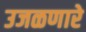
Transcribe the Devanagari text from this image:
उजळणारे